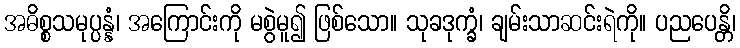
အဓိစ္စသမုပ္ပန္နံ၊ အကြောင်းကို မစွဲမူ၍ ဖြစ်သော။ သုခဒုက္ခံ၊ ချမ်းသာဆင်းရဲကို။ ပညပေန္တိ၊